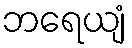
ဘရေယျံ